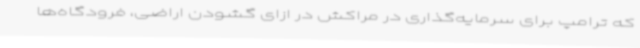
که ترامپ برای سرمایه‌گذاری در مراکش در ازای گشودن اراضی، فرودگاه‌ها